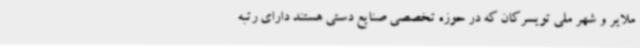
ملایر و شهر ملی تویسرکان که در حوزه تخصصی صنایع دستی هستند دارای رتبه